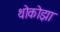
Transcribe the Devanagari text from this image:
थोकोझा